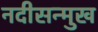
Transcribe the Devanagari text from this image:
नदीसन्मुख